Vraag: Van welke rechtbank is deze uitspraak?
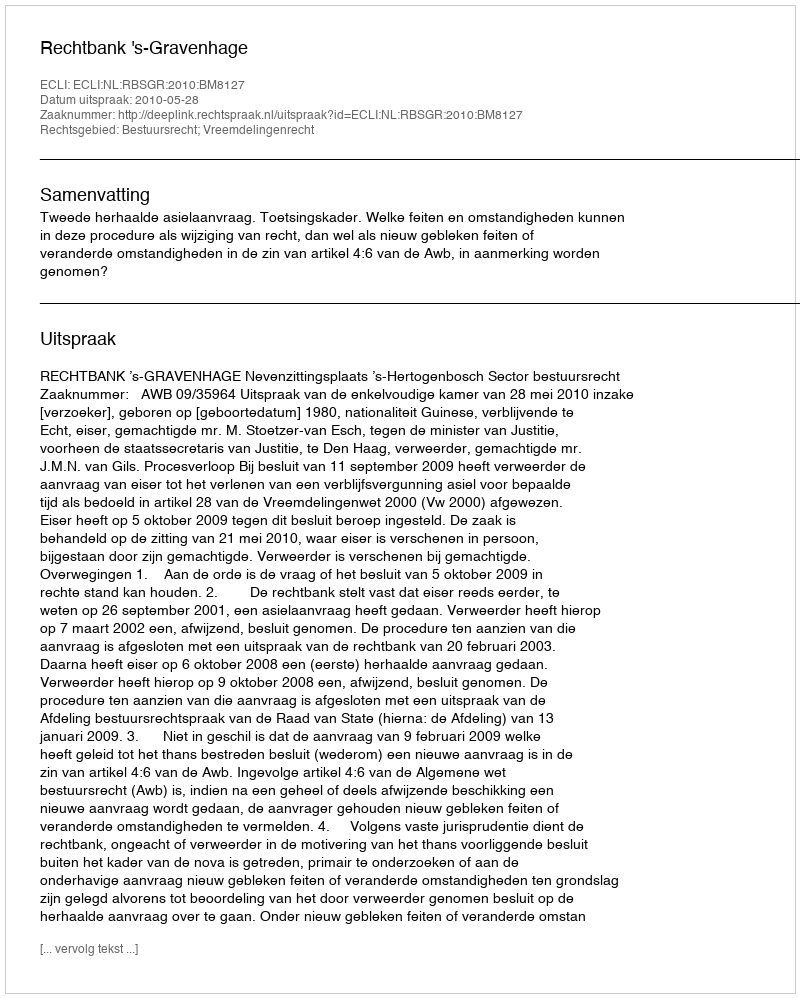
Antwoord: Rechtbank 's-Gravenhage